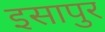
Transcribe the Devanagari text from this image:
इसापुर